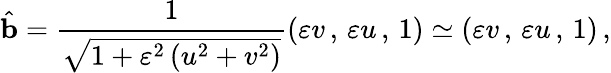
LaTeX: \hat{\textbf{b}}=\frac{1}{\sqrt{1+\varepsilon^{2}\left(u^{2}+v^{2}\right)}}\left(\varepsilon v\, ,\, \varepsilon u\, ,\, 1\right)\simeq\left(\varepsilon v\, ,\, \varepsilon u\, ,\, 1\right)\, ,